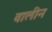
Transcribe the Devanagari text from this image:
वालीन